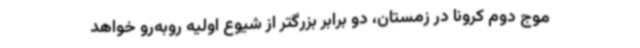
موج دوم کرونا در زمستان، دو برابر بزرگتر از شیوع اولیه روبه‌رو خواهد